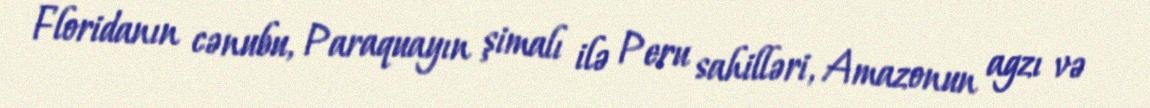
Floridanın cənubu, Paraquayın şimalı ilə Peru sahilləri, Amazonun agzı və